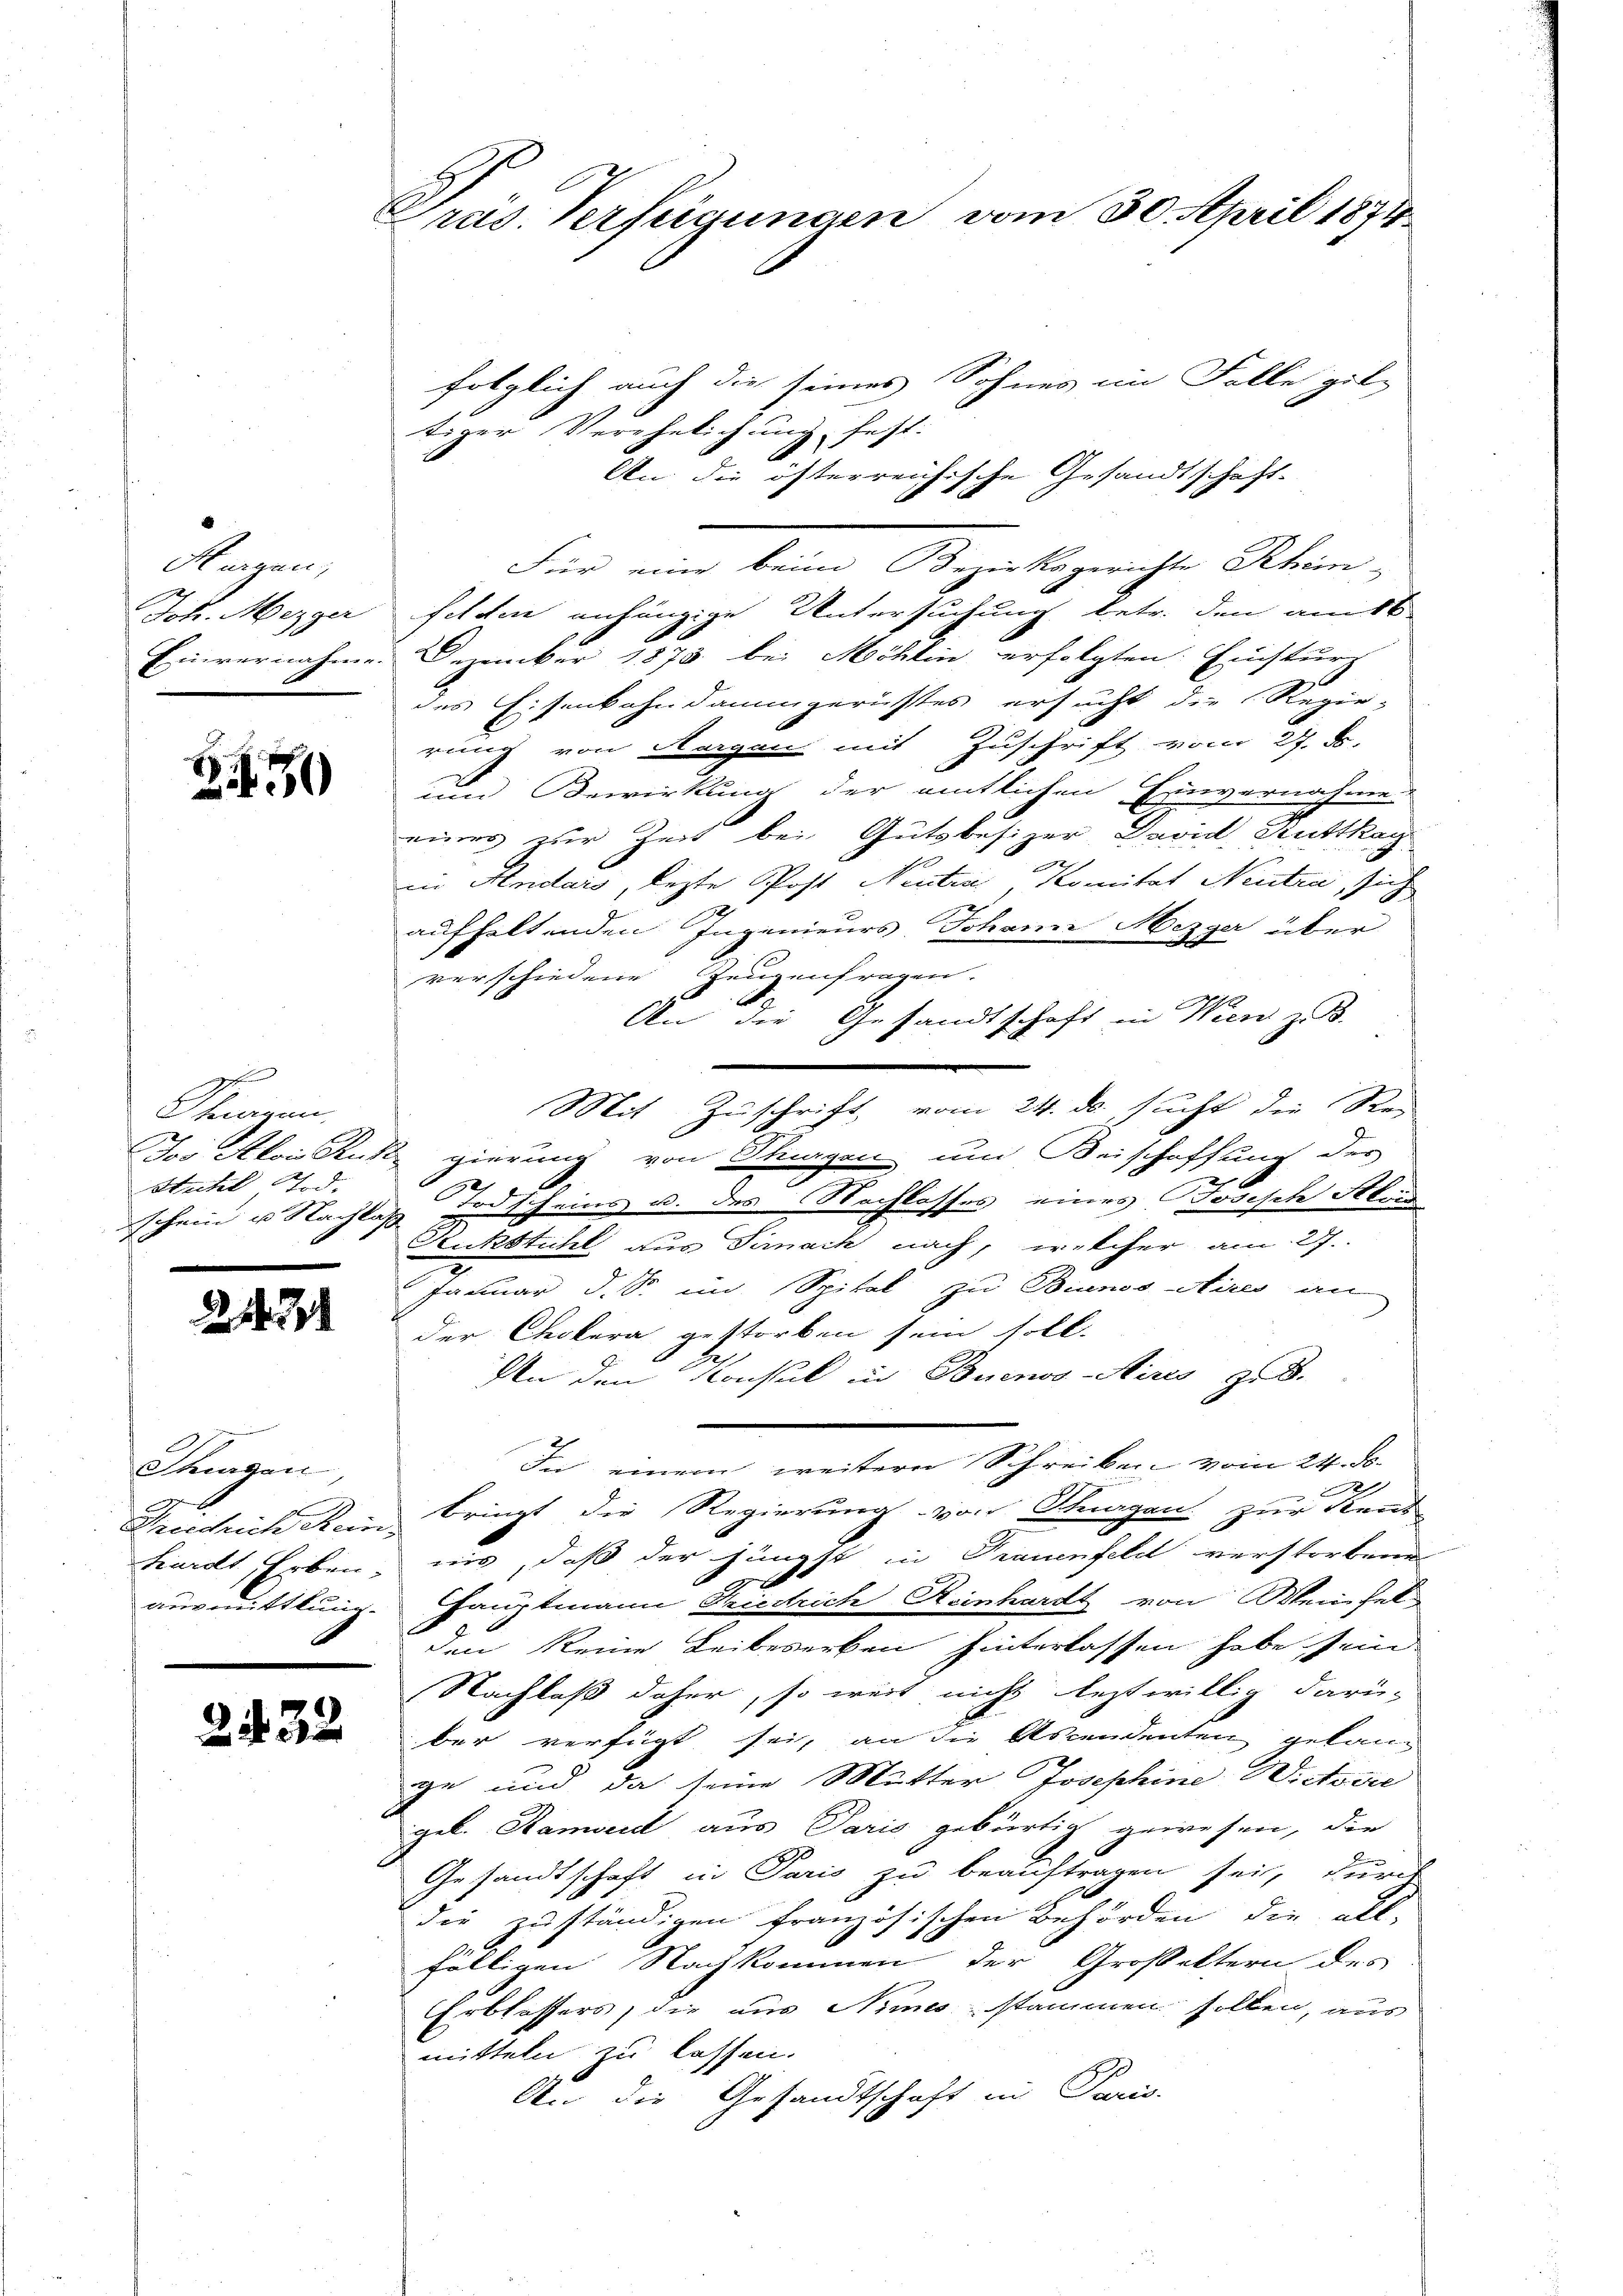
Maigen,
Joh. Mezger
Einvernahme.

250

Shiren.
Jos Alois Rust
Huhl 4. d.
schein u. Nachlaß

21471

Shigen,
hardt Erben.
ausmittlung.

232

Gras. Verfügungen vom 30. April 1874

folglich auch die seines Sohnes im Falle gel-
tiger Verehelichung fest.
An die österreichische Gesandtschaft.
Für eine beim Bezirksgerichte Rhein-
felden anhängige Untersuchung betr. den am 16.
Dezember 1873 bei Möhlin erfolgten Einsturz
des Eisenbahndammgerüstes ersucht die Regie-
rung von Aargau mit Zuschrift vom 27. d.
um Bewirkung der amtlichen Einvernahme
eines zur Zeit bei Gutsbesizer David Suttkag
in Anidars, lezte Post Neuten, Komitat Neutra, sich
aufhaltenden Ingenieurs. Johann Mezger über
verschiedene Zeugenfragen.
An die Gesandtschaft in Wien z. B.
n
Mit Zuschrift vom 24. ds. sucht die Rei
gierung von Thurgen und Beischaffung des
Todscheins u. des Nachlosses eines Josisch Steu
Sukstichl aus Tirack nach, welcher am 27.
Januar d. So im Spital zu Bianos Aires an
der Cholera gestorben sein soll.
An den Konsul in Buenos-Aires z. B.
In einem weitere Schreiben vom 24. d.
2
Peschich den Bringt die Regierung von Sargau zur Keus
nis, daß der jüngst in Trauenfeld verstorbene
Hauptmann Friedrich Reinhardt von Weinhel
den keine Leibeserben hinterlassen habe sein.
Nachlaß daher, so weit nicht leztwillig darü-
ber verfügt sei, an die Ascendenten gelang
ge und da seine Mutter Josephine Wittorte
geb. Bamber aus Paris gebürtig gewesen, die
Den
Gesandtschaft in Paris zu beauftragen sei, durch
die zuständigen französischen Behörden, die all-
fälligen Nachkommen der Großeltern des
Erblassers, die aus Niesstammen sollen, aus
mitteln zu lassen.
An die Gesandtschaft in Paris.